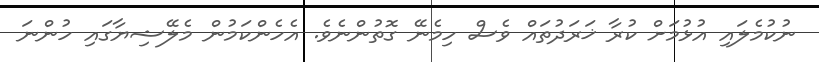
ނުކުމެލައި އުޅުމަށް ކުރާ ޚަރަދުތައް ވެސް ހިމެނޭ ގޮތުންނެވެ. އެހެންކަމުން މެލޭޝިޔާގައި ހުންނަ